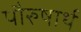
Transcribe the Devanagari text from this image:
पौरुषार्थ